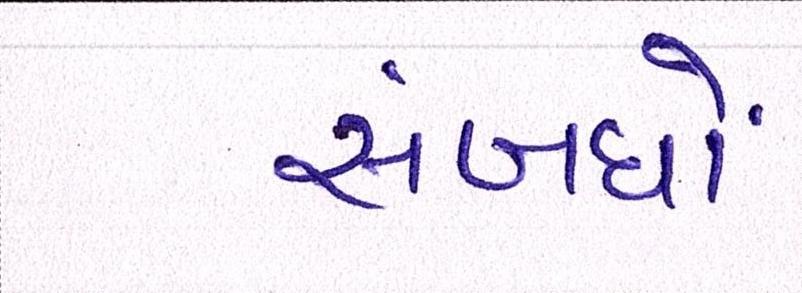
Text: સંબંધો